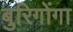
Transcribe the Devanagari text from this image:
बुरिगोंगा